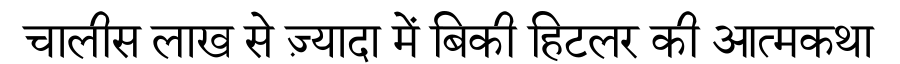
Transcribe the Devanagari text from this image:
चालीस लाख से ज़्यादा में बिकी हिटलर की आत्मकथा